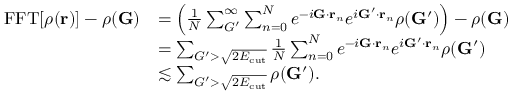
\begin{array} { r l } { \mathrm { F F T } [ \rho ( \mathbf { r } ) ] - \rho ( \mathbf { G } ) } & { = \Big ( \frac { 1 } { N } \sum _ { G ^ { \prime } } ^ { \infty } \sum _ { n = 0 } ^ { N } e ^ { - i \mathbf { G } \cdot \mathbf { r } _ { n } } e ^ { i \mathbf { G } ^ { \prime } \cdot \mathbf { r } _ { n } } \rho ( \mathbf { G } ^ { \prime } ) \Big ) - \rho ( \mathbf { G } ) } \\ & { = \sum _ { G ^ { \prime } > \sqrt { 2 E _ { \mathrm { c u t } } } } \frac { 1 } { N } \sum _ { n = 0 } ^ { N } e ^ { - i \mathbf { G } \cdot \mathbf { r } _ { n } } e ^ { i \mathbf { G } ^ { \prime } \cdot \mathbf { r } _ { n } } \rho ( \mathbf { G } ^ { \prime } ) } \\ & { \lesssim \sum _ { G ^ { \prime } > \sqrt { 2 E _ { \mathrm { c u t } } } } \rho ( \mathbf { G } ^ { \prime } ) . } \end{array}